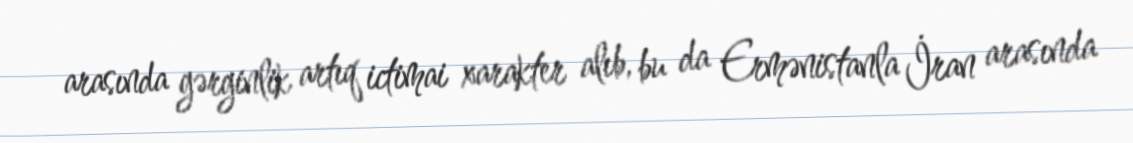
arasında gərginlik artıq ictimai xarakter alıb, bu da Ermənistanla İran arasında